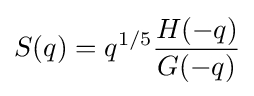
S(q)=q^{1/5}{\frac {H(-q)}{G(-q)}}